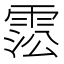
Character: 𩃍